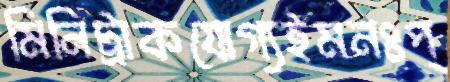
মিনিট্রাকযোগ্যইমনঃপ্